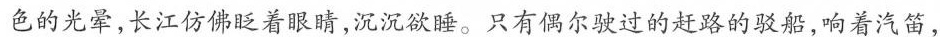
色的光晕,长江仿佛眨着眼睛,沉沉欲睡。只有偶尔驶过的赶路的驳船,响着汽笛，